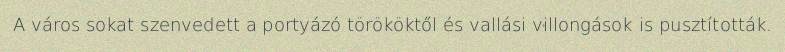
A város sokat szenvedett a portyázó törököktől és vallási villongások is pusztították.